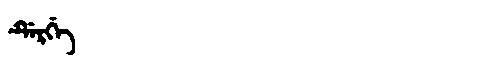
Manchu: ᡩᡝᡵᡤᡝ
Romanization: DERGE